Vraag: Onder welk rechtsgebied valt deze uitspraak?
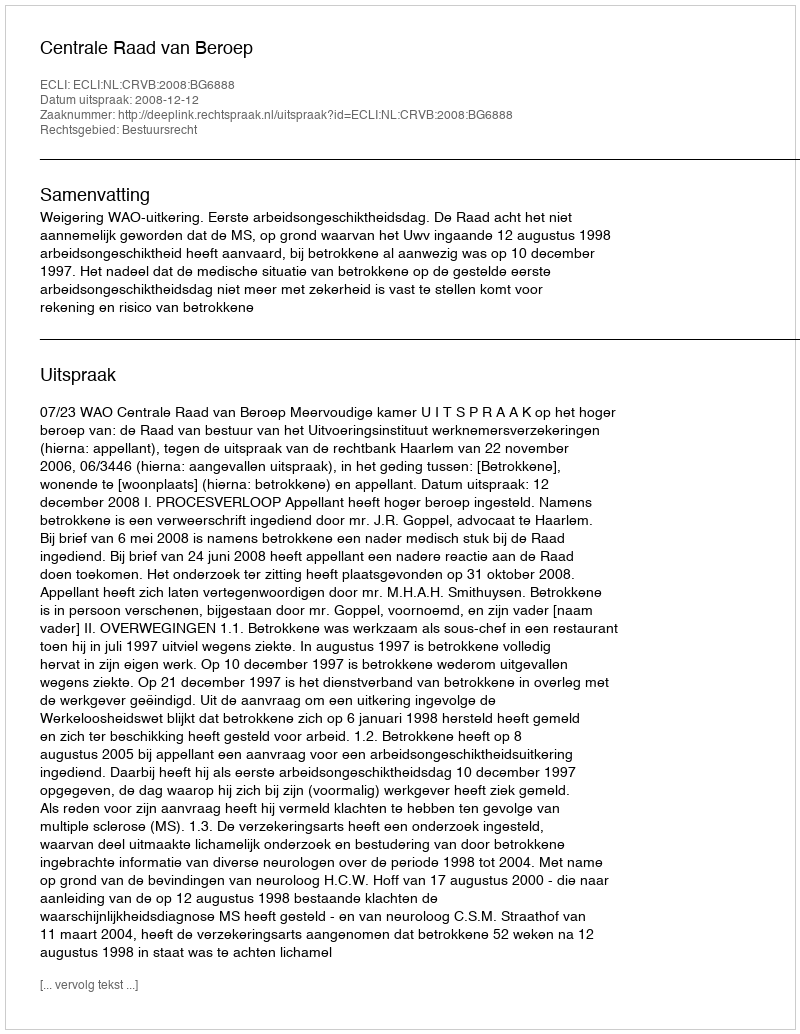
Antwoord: Bestuursrecht